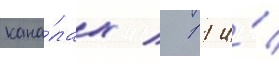
кана́лах / 11 и́